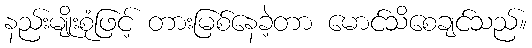
နည်းမျိုးစုံဖြင့် တားမြစ်နေခဲ့တာ မောင်သိစေချင်သည်။